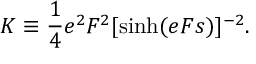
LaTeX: K \equiv \frac { 1 } { 4 } e ^ { 2 } F ^ { 2 } [ \sinh ( e F s ) ] ^ { - 2 } .